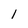
Character: 1